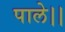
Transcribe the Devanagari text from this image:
पाले।।